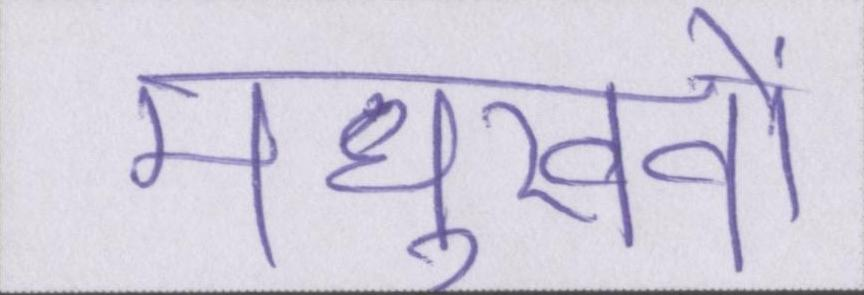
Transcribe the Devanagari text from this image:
मधुखवों